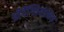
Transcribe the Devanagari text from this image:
प्रीगैंग्लियोनिक